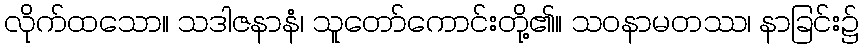
လိုက်ထသော။ သဒါဇနာနံ၊ သူတော်ကောင်းတို့၏။ သဝနာမတဿ၊ နာခြင်း၌